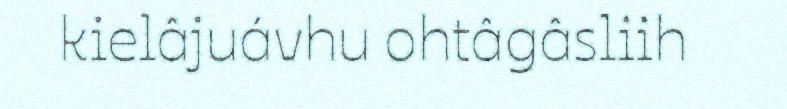
kielâjuávhu ohtâgâsliih